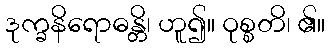
ဒုက္ခနိရောဓန္တိ၊ ဟူ၍။ ဝုစ္စတိ၊ ၏။